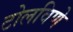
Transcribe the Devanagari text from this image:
टोलविणे